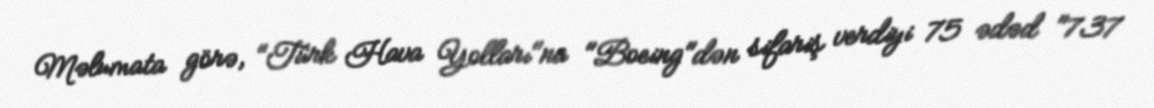
Məlumata görə, "Türk Hava Yolları"na "Boeing"dən sifariş verdiyi 75 ədəd "737